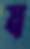
য